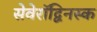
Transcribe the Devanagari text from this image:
सेवेरॉद्विनस्क